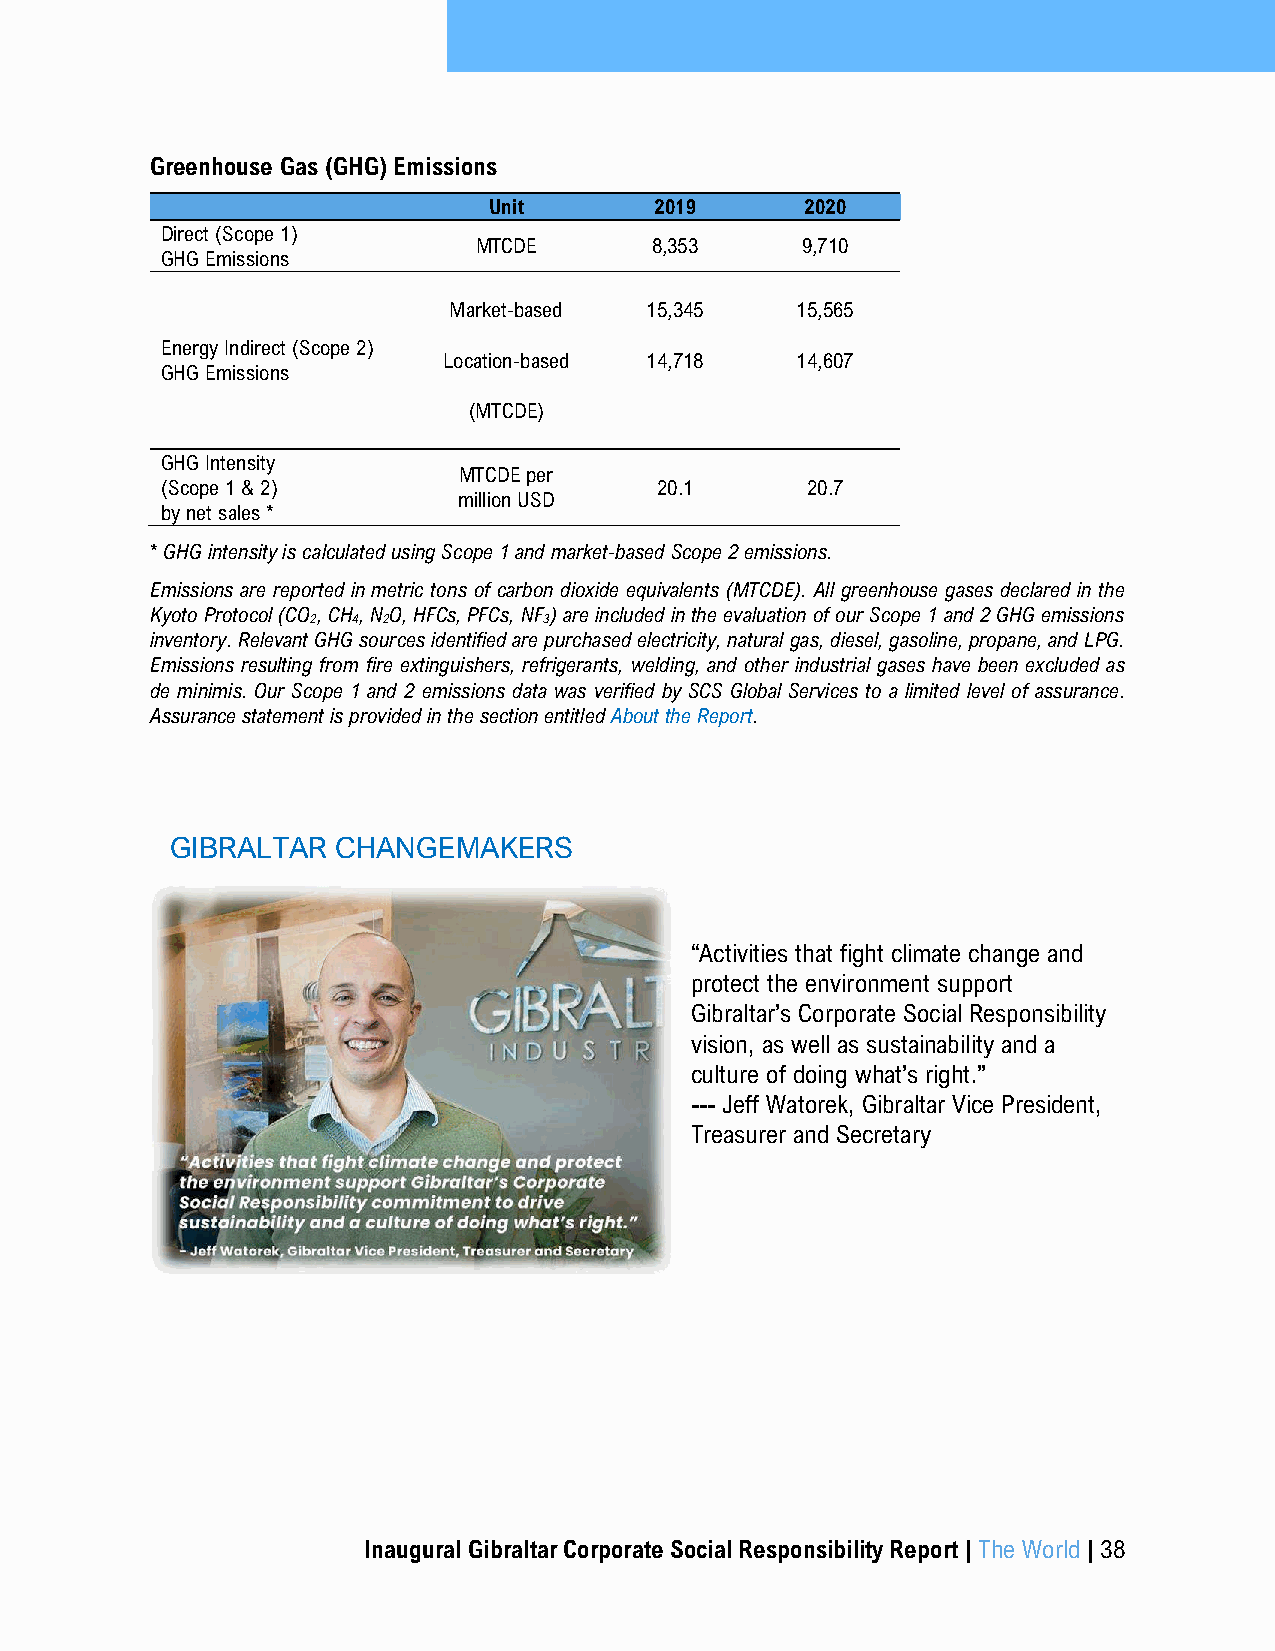
Greenhouse Gas (GHG) Emissions
 Unit       2019      2020
 Direct (Scope 1)
 MTCDE       8,353     9,710
 GHG Emissions
 Market-based 15,345    15,565
 Energy Indirect (Scope 2)
 Location-based 14,718   14,607
 GHG Emissions
 (MTCDE)
 GHG Intensity
 MTCDE per
 (Scope 1 & 2)                   20.1      20.7
 million USD
 by net sales *
 * GHG intensity is calculated using Scope 1 and market-based Scope 2 emissions.
 Emissions are reported in metric tons of carbon dioxide equivalents (MTCDE). All greenhouse gases declared in the
 Kyoto Protocol (CO , CH, N O, HFCs, PFCs, NF ) are included in the evaluation of our Scope 1 and 2 GHG emissions
 2 4 2          3
 inventory. Relevant GHG sources identified are purchased electricity, natural gas, diesel, gasoline, propane, and LPG.
 Emissions resulting from fire extinguishers, refrigerants, welding, and other industrial gases have been excluded as
 de minimis. Our Scope 1 and 2 emissions data was verified by SCS Global Services to a limited level of assurance.
 Assurance statement is provided in the section entitled About the Report.
 GIBRALTAR  CHANGEMAKERS
 “Activities that fight climate change and
 protect the environment support
 Gibraltar’s Corporate Social Responsibility
 vision, as well as sustainability and a
 culture of doing what’s right.”
 --- Jeff Watorek, Gibraltar Vice President,
 Treasurer and Secretary
 Inaugural Gibraltar Corporate Social Responsibility Report | The World | 38